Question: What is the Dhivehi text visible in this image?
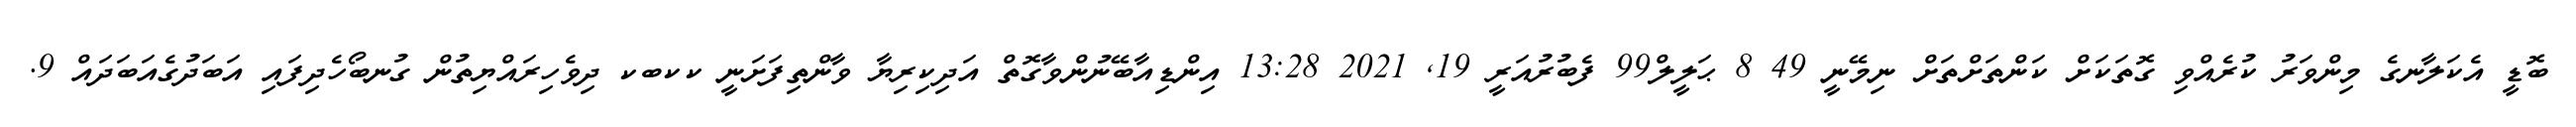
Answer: ބޮޑީ އެކަލާނގެ މިންވަރު ކުރެއްވި ގޮތަކަށް ކަންތަށްތަށް ނިމޭނީ 49 8 ޙަލީލް99 ފެބުރުއަރީ 19, 2021 13:28 އިންޑިއާބޭނުންވާގޮތް އަދިކިރިޔާ ވާންތިފަށަނީ ކކބކ ދިވެހިރައްޔިތުން ގުނބޯހެދިފައި އަބަދުގެއަބަދައް 9.